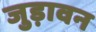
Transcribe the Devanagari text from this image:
जुड़ावन